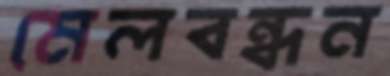
মেলবন্ধন